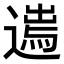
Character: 𨖮